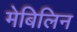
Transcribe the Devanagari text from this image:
मेबिलिन